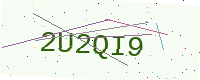
Text: 2U2QI9